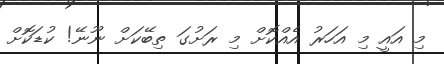
މި އައީ މި އަހަރު އެއްކޮށް މި ރަށުގަ ތިބޭކަށް ނޫނޭ! ކުޑަކޮށް